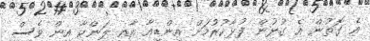
އެ ގޮތުން އެ ގުޅުން ފުޅާކުރުމަށް އިންޑިއާ އާއި ލަންކާ އިން ވެސް